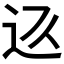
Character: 𲅏